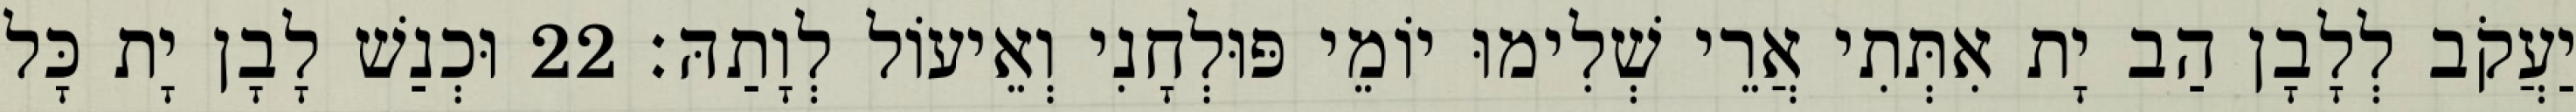
יַעֲקֹב לְלָבָן הַב יָת אִתְּתִי אֲרֵי שְׁלִימוּ יוֹמֵי פּוּלְחָנִי וְאֵיעוֹל לְוָתַהּ׃ 22 וּכְנַשׁ לָבָן יָת כָּל